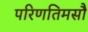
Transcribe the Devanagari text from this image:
परिणतिमसौ